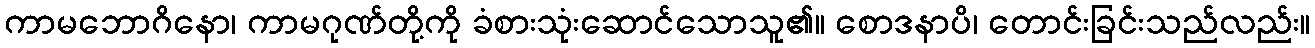
ကာမဘောဂိနော၊ ကာမဂုဏ်တို့ကို ခံစားသုံးဆောင်သောသူ၏။ စောဒနာပိ၊ တောင်းခြင်းသည်လည်း။